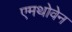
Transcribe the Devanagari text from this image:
एमथोवेन